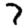
Digit: 7